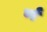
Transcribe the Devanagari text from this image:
र्ण